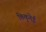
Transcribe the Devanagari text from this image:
किकुनेई